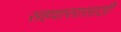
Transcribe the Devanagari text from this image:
सहवासासाठी